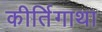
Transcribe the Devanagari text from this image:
कीर्तिगाथा